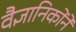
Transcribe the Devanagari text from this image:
वैज्ञानिकोंने